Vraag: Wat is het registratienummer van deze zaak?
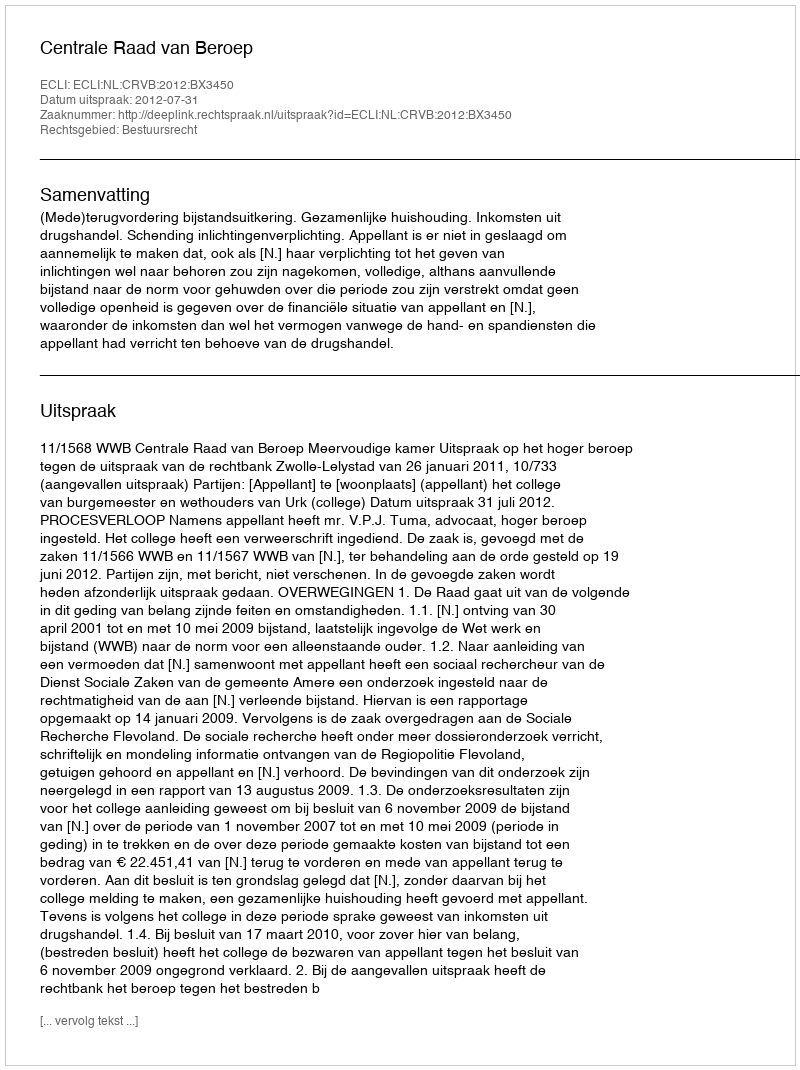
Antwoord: http://deeplink.rechtspraak.nl/uitspraak?id=ECLI:NL:CRVB:2012:BX3450